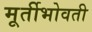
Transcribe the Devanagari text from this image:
मूर्तीभोवती